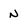
Character: n